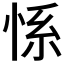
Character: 𱞚